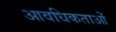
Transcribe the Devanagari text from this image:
आवधिकताओं